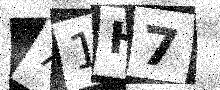
Text: 71H7